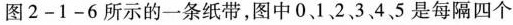
图2-1-6所示的一条纸带，图中0、1、2、3、4、5是每隔四个